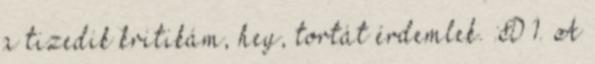
a tizedik kritikám, hey, tortát érdemlek. :D 1. A